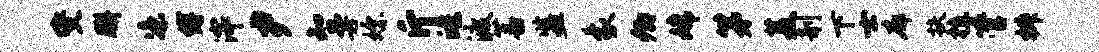
燮胼凉缚滓尹知曼嫖斤皓渡蕃监象卿嫦第菱剞下士廓扶植管椒